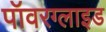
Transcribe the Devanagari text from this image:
पॉवरग्लाइड